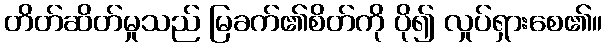
တိတ်ဆိတ်မှုသည် မြခက်၏စိတ်ကို ပို၍ လှုပ်ရှားစေ၏။